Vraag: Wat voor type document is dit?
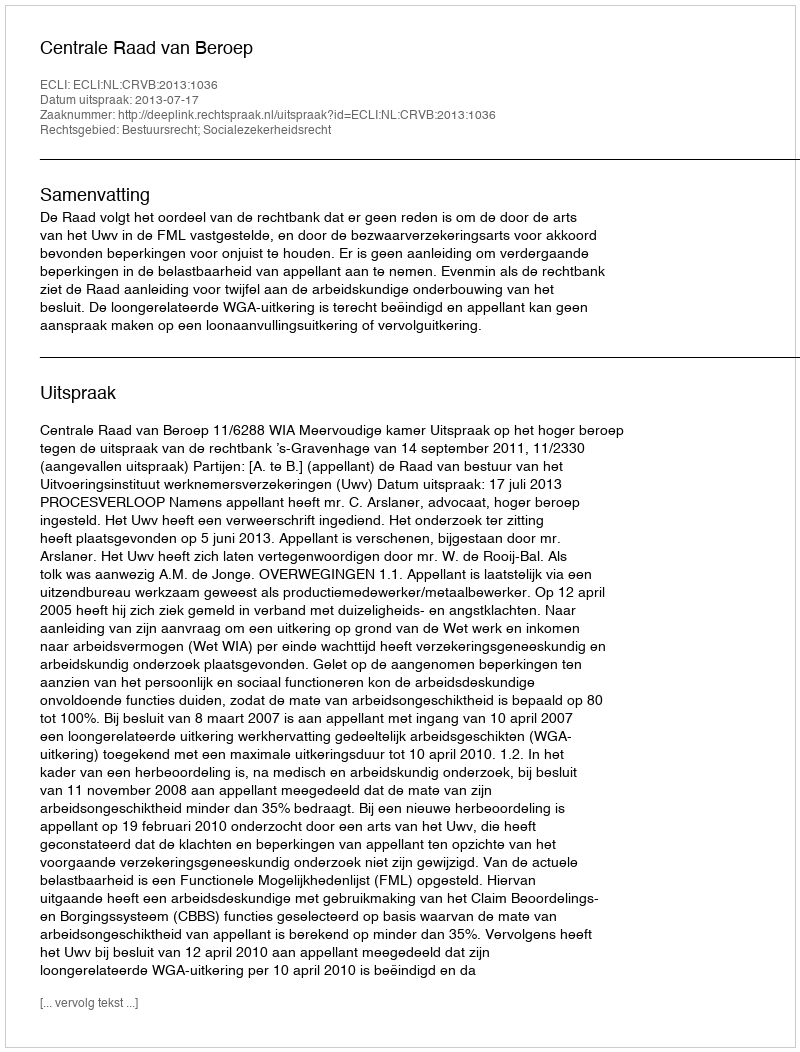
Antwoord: Uitspraak